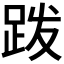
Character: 𫏆